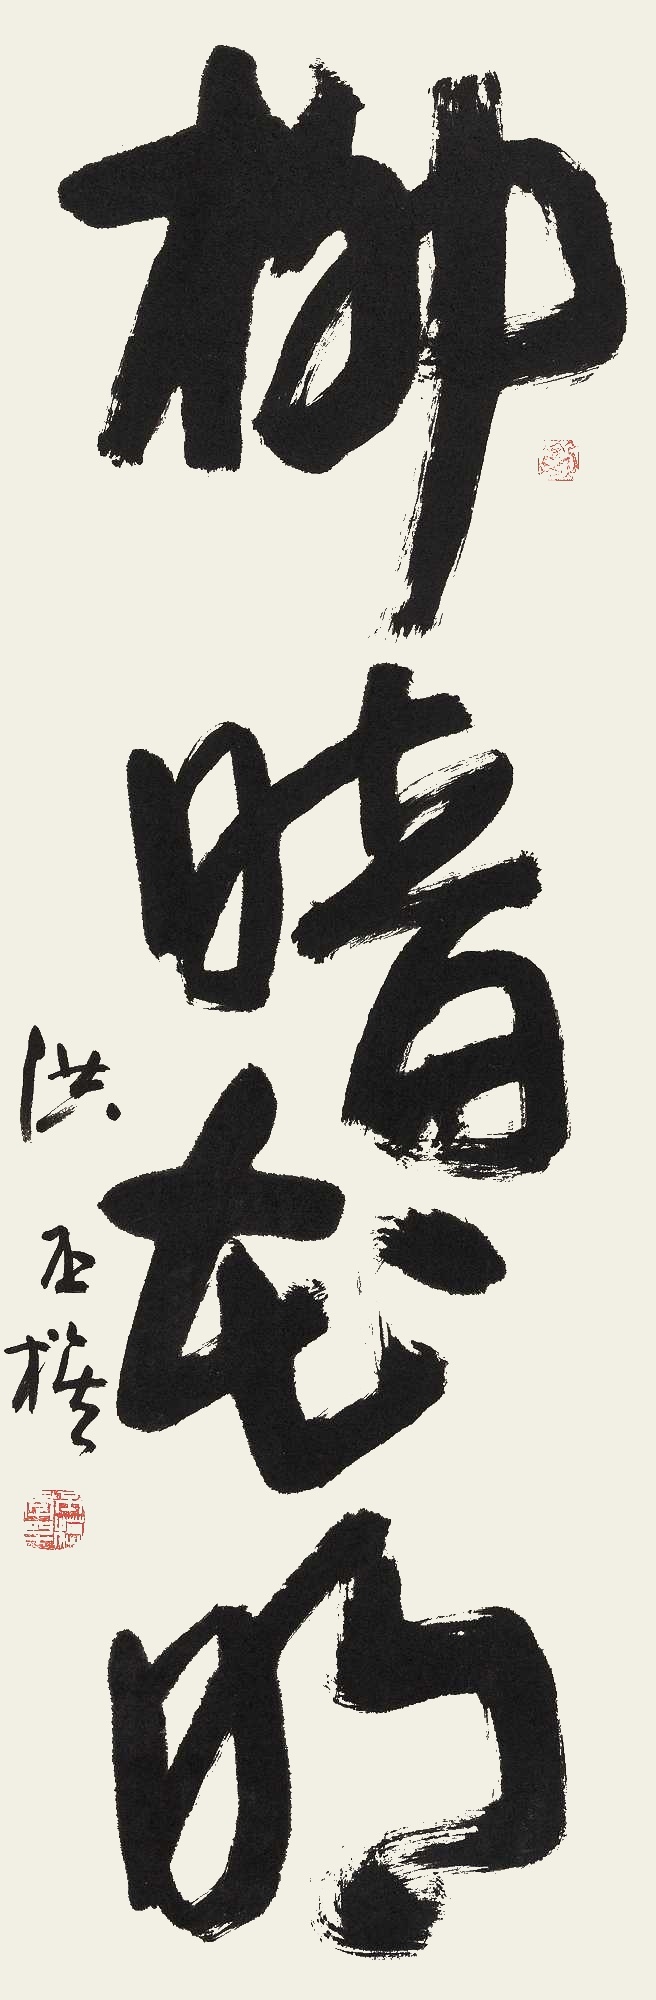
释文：柳暗花明洪丕谟。